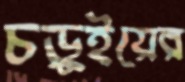
চড়ুইয়ের